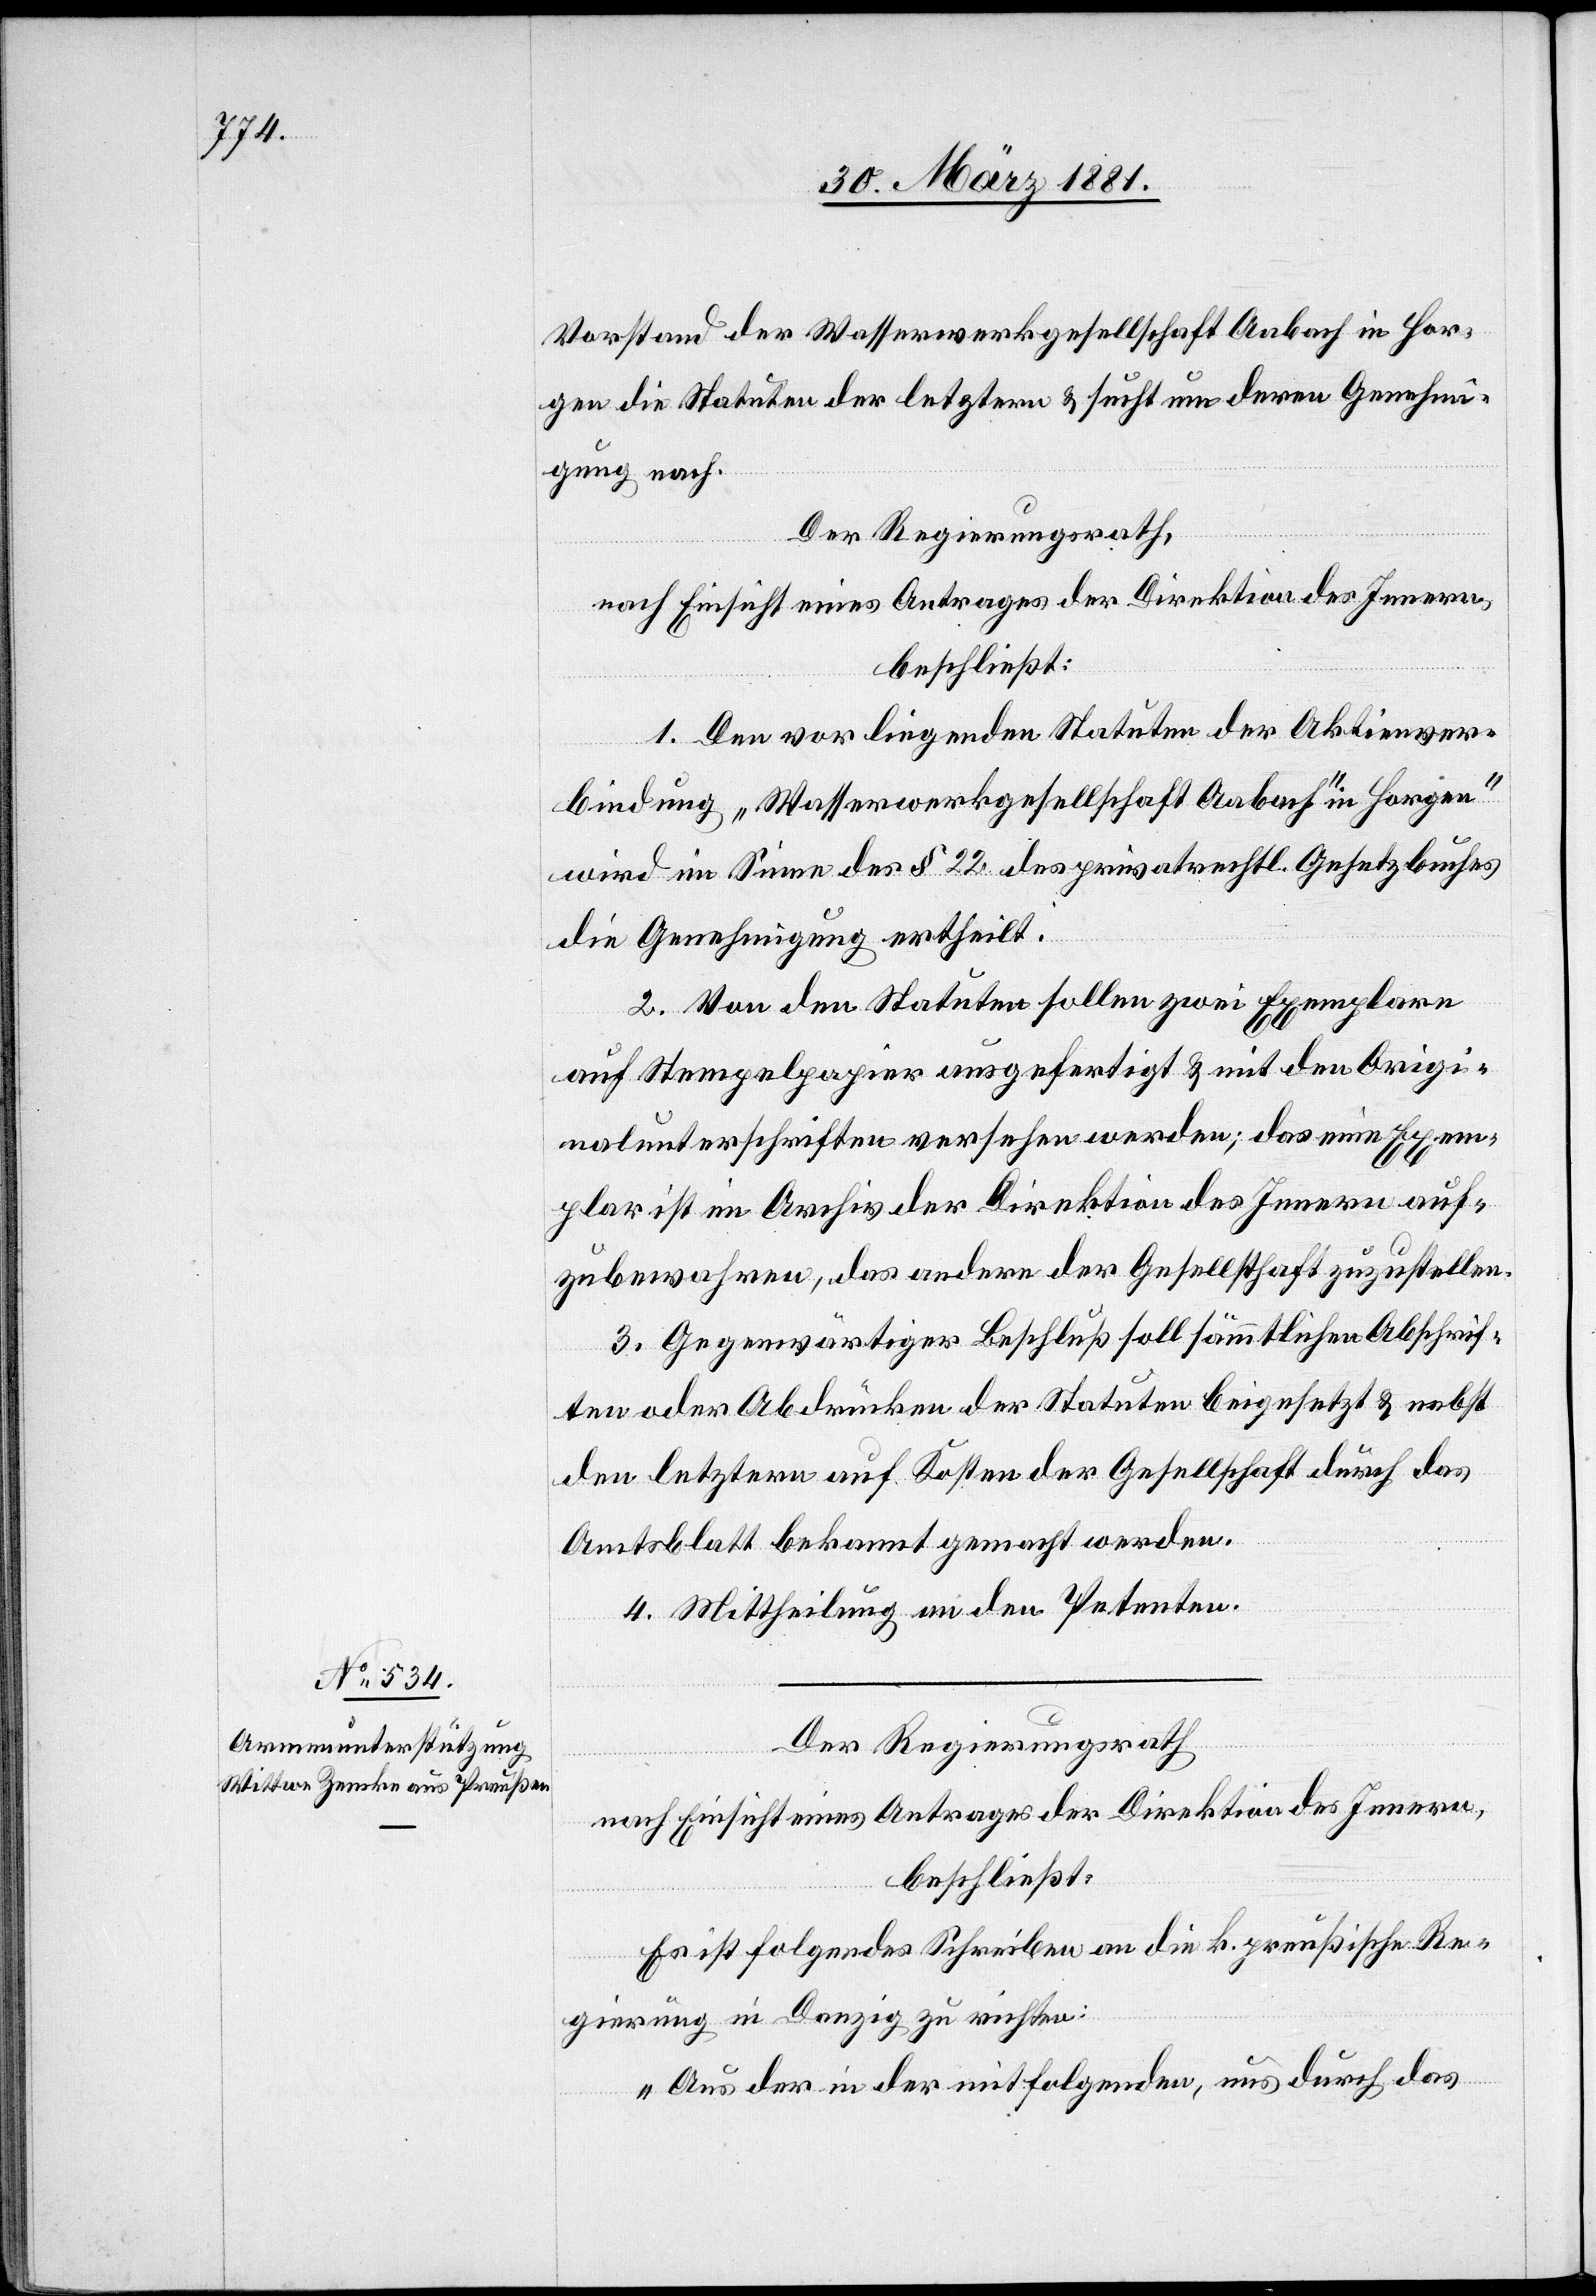
Vorstand der Wasserwerksgesellschaft Aabach in Hor¬
gen die Statuten der letzten & sucht um deren Genehmi¬
gung nach.
Der Regierungsrath,
nach Einsicht eines Antrages der Direktion des Innern,
beschließt:
1. Den vorliegenden Statuten der Aktienver¬
bindung „Wasserwerkgesellschaft Aabach in Horgen“
wird im Sinne des § 22 des privatrechtl. Gesetzbuches
die Genehmigung ertheilt.
2. Von den Statuten sollen zwei Exemplare
auf Stempelpapier ausgefertigt & mit den Origi¬
nalunterschriften versehen werden; das eine Exem¬
plar ist im Archiv der Direktion des Innern auf¬
zubewahren, das andere der Gesellschaft zuzustellen.
3. Gegenwärtiger Beschluß soll sämmtlichen Abschrif¬
ten oder Abdrücken der Statuten beigesetzt & nebst
den letztern auf Kosten der Gesellschaft durch das
Amtsblatt bekannt gemacht werden.
4. Mittheilung an den Petenten.
Der Regierungsrath
nach Einsicht eines Antrages der Direktion des Innern,
beschließt:
Es ist folgendes Schreiben an die k. preußische Re¬
gierung in Danzig zu richten:
„Aus der in der mitfolgenden, uns durch das